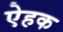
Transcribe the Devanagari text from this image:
ऐहक